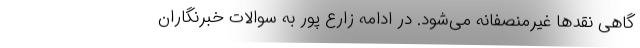
گاهی نقد‌ها غیرمنصفانه می‌شود. در ادامه زارع پور به سوالات خبرنگاران